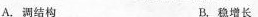
A.调结构 B.稳增长